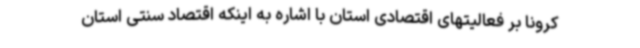
کرونا بر فعالیتهای اقتصادی استان با اشاره به اینکه اقتصاد سنتی استان